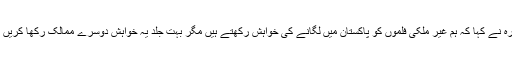
اداکارہ نے کہا کہ ہم غیر ملکی فلموں کو پاکستان میں لگانے کی خواہش رکھتے ہیں مگر بہت جلد یہ خواہش دوسرے ممالک رکھا کریں گے۔